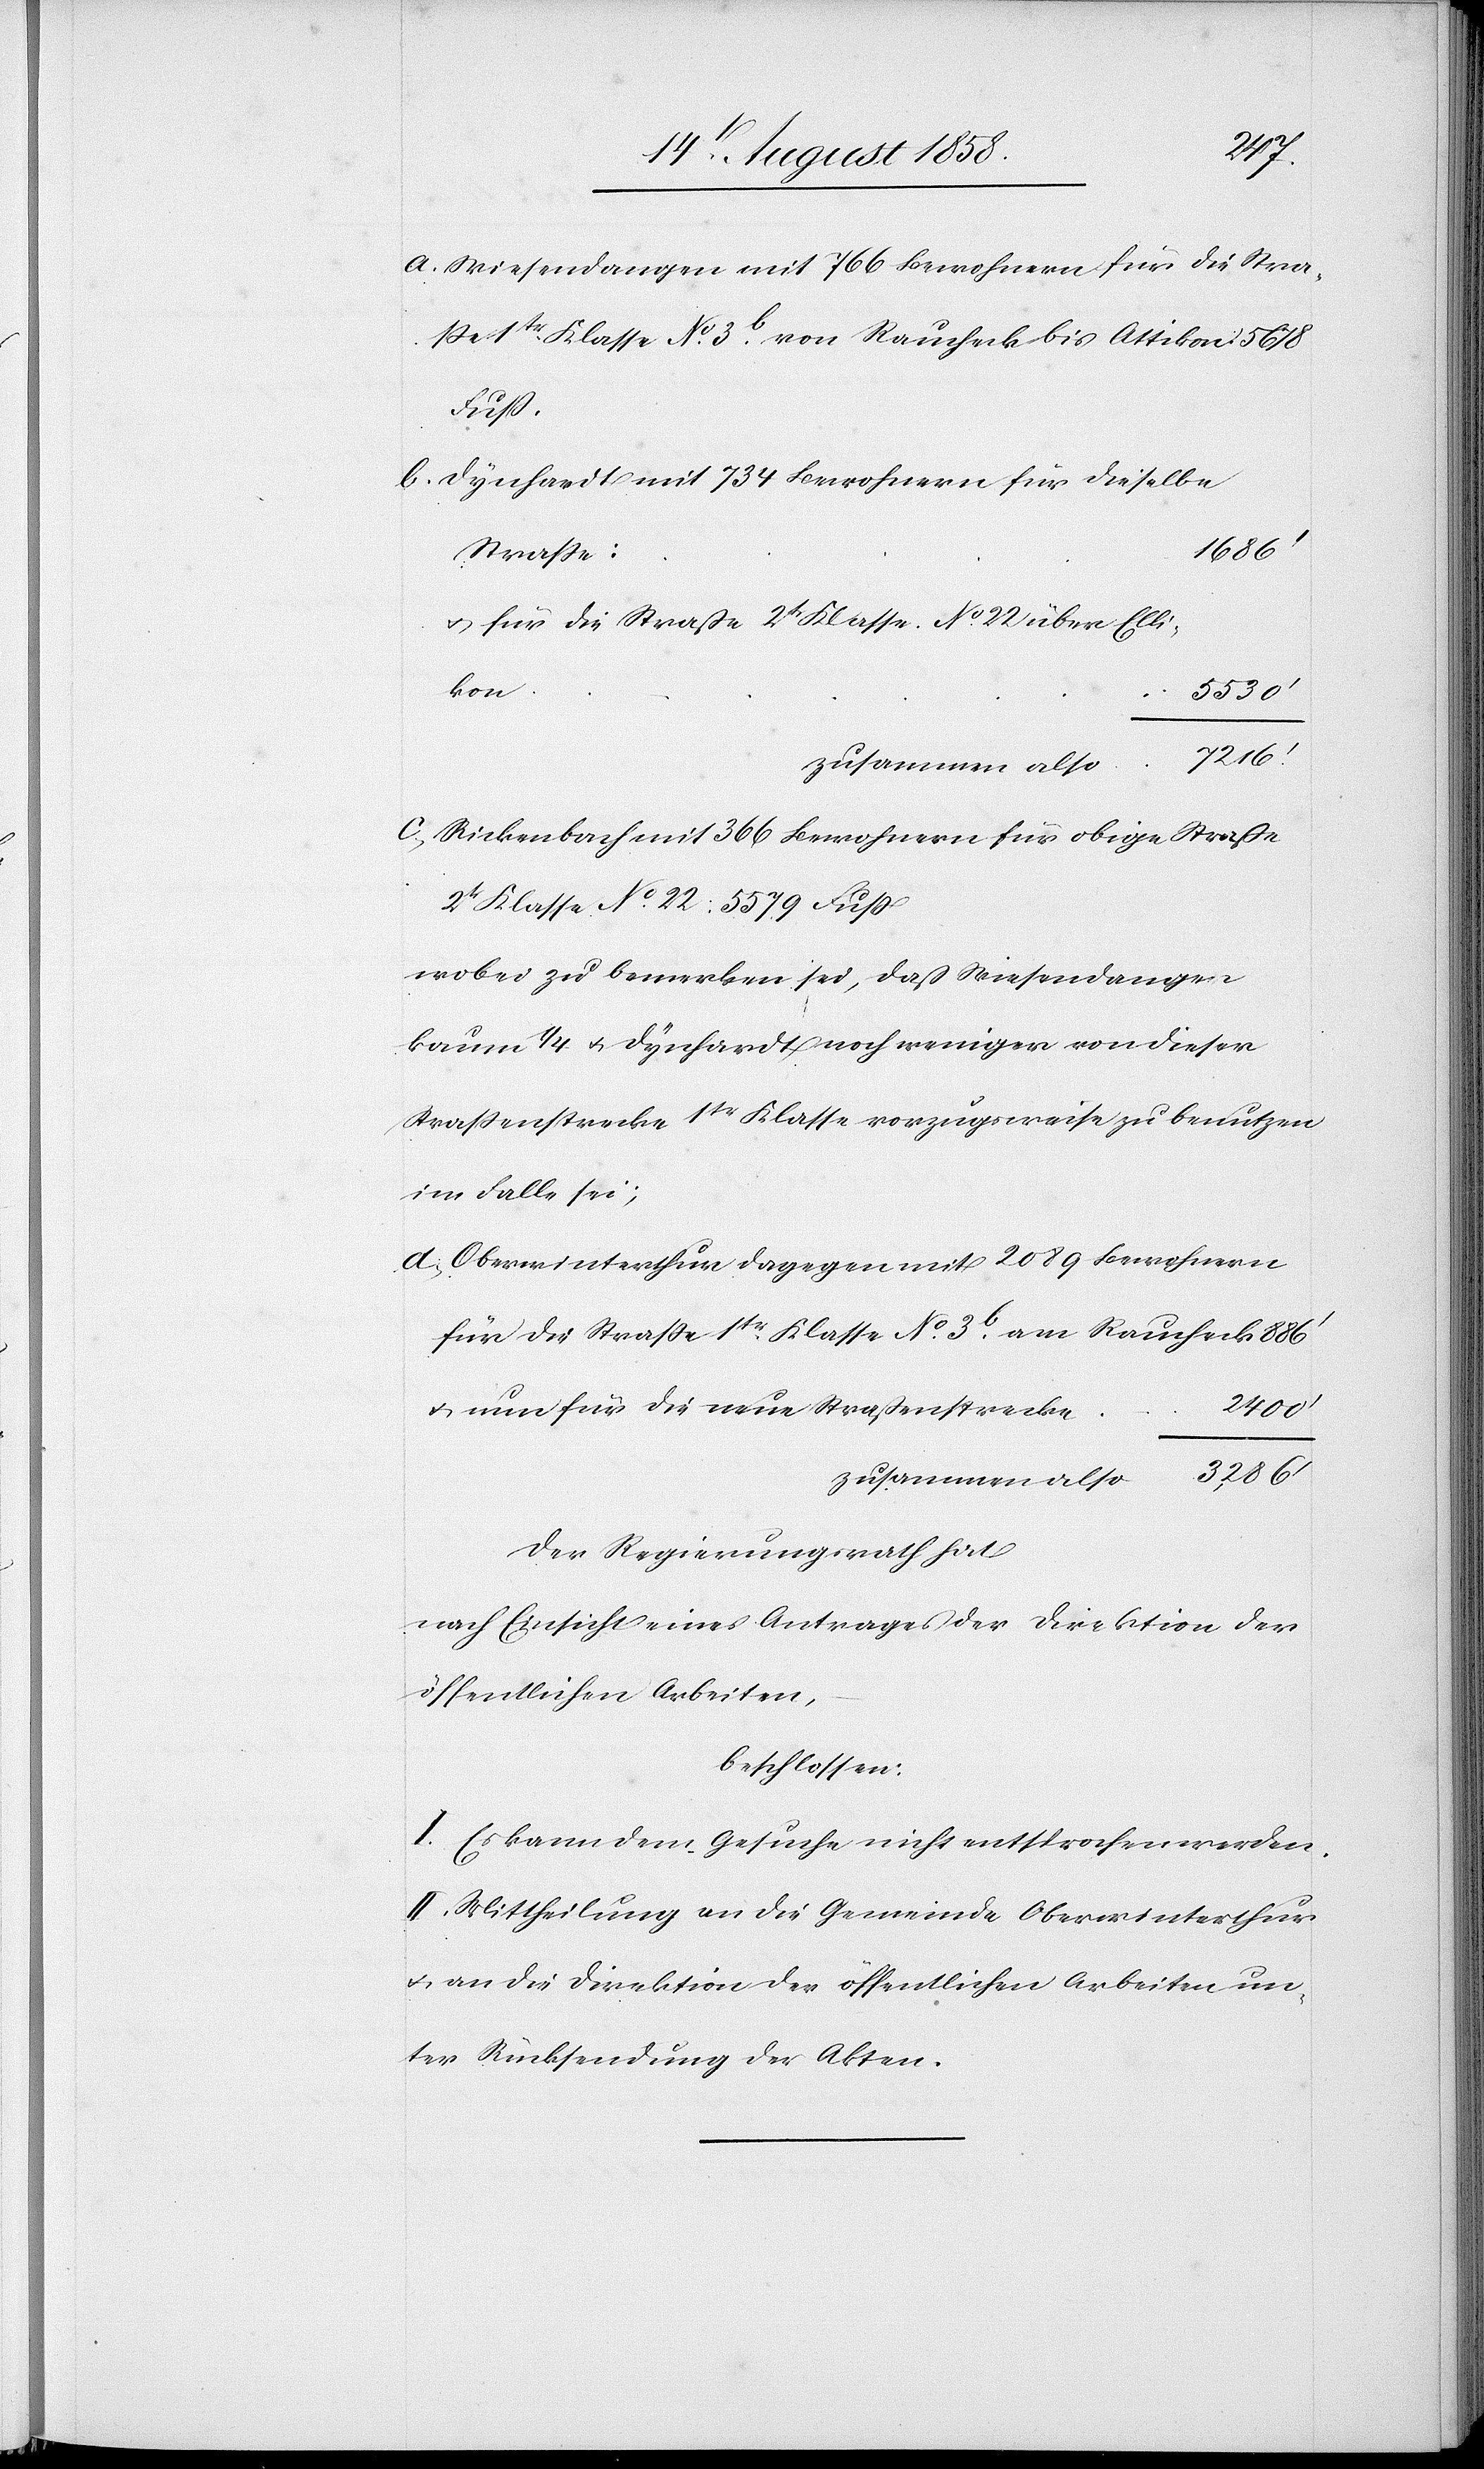
a.
Wiesendangen mit 766 Bewohnern für die Stras¬
se 1tr. Klasse No. 3b. von Raucheck bis Attikon
Fuß.
Dynhardt mit 734 Bewohnern für dieselbe
1686‘
Strasse:
& für die Straße 2tr Klasse No. 22 über Elli¬
kon
5530‘
zusammen also
Rickenbach mit 366 Bewohnern für obige Straße
2tr Klasse No. 22: 5579 Fuss
wobei zu bemerken sei, daß Wiesendangen
kaum 1/4 & Dynhardt noch weniger von dieser
Strassenstrecke 1tr Klasse vorzugsweise zu benutzen
im Falle sei;
Oberwinterthur dagegen mit 2089 Bewohnern
für die Strasse 1tr. Klasse No. 3b. am Raucheck
& nun für die neue Straßenstrecke
2400‘
Der Regierungsrath hat
nach Einsicht eines Antrages der Direktion der
öffentlichen Arbeiten,
beschlossen:
I. Es kann dem Gesuche nicht entsprochen werden.
II. Mittheilung an die Gemeinde Oberwinterthur
& an die Direktion der öffentlichen Arbeiten un¬
ter Rücksendung der Akten.